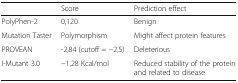
|  | Score | Prediction effect |
 | --- | --- | --- |
 | PolyPhen-2 | 0,120 | Benign |
 | Mutation Taster | Polymorphism | Might affect protein features |
 | PROVEAN | -2,84 (cutoff = −2,5) | Deleterious |
 | I-Mutant 3.0 | −1,28 Kcal/mol | Reduced stability of the protein and related to disease |